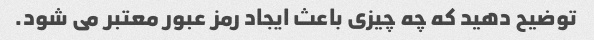
توضیح دهید که چه چیزی باعث ایجاد رمز عبور معتبر می شود.